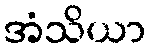
အံသိယာ